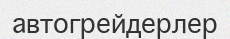
автогрейдерлер